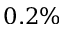
0 . 2 \%